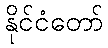
နိုင်ငံတော်